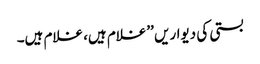
بستی کی دیواریں ’’غلام ہیں، غلام ہیں۔